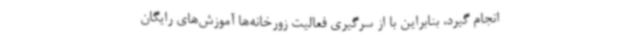
انجام گیرد، بنابراین با از سرگیری فعالیت زورخانه‌ها آموزش‌های رایگان